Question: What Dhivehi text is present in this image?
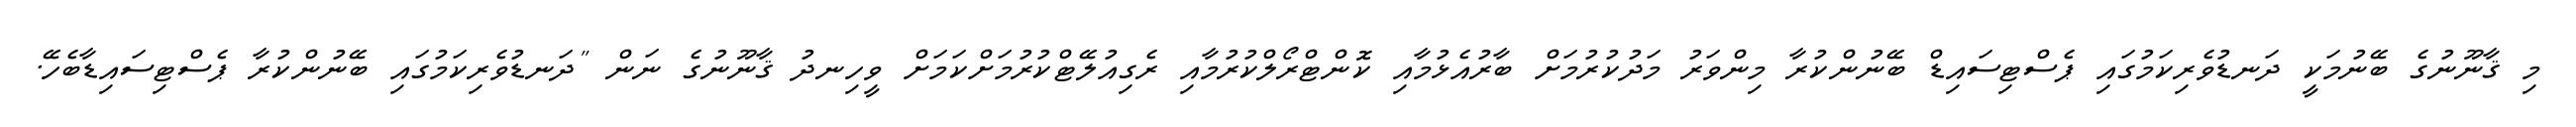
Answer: މި ޤާނޫނުގެ ބޭނުމަކީ ދަނޑުވެރިކަމުގައި ޕެސްޓިސައިޑް ބޭނުންކުރާ މިންވަރު މަދުކުރުމަށް ބާރުއެޅުމާއި ކޮންޓްރޯލްކުރުމާއި ރެގިއުލޭޓްކުރުމަށްކަމަށް ވީހިނދު ޤާނޫނުގެ ނަން "ދަނޑުވެރިކަމުގައި ބޭނުންކުރާ ޕެސްޓިސައިޑާބެހޭ.